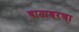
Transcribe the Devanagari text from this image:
वातावरण्ा